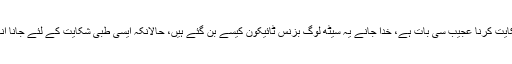
سرنگ کے اختتام پر روشنی دکھائی نہ دینے کی اس فورم پر شکایت کرنا عجیب سی بات ہے، خدا جانے یہ سیٹھ لوگ بزنس ٹائیکون کیسے بن گئے ہیں، حالانکہ ایسی طبی شکایت کے لئے جانا انہیں ماہر امراض چشم کے پاس چاہیے تھا اور وہ کہاں پہنچ گئے۔